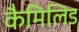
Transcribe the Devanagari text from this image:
कैमिलिड